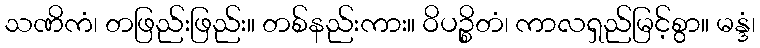
သဏိကံ၊ တဖြည်းဖြည်း။ တစ်နည်းကား။ ဝိပဉ္စိတံ၊ ကာလရှည်မြင့်စွာ။ မန္ဒံ၊